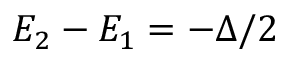
E _ { 2 } - E _ { 1 } = - \Delta / 2